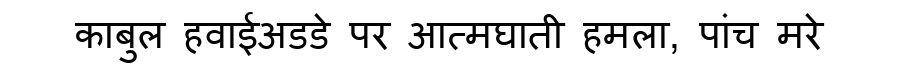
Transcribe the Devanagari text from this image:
काबुल हवाईअडडे पर आत्मघाती हमला, पांच मरे